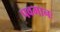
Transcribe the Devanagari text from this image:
पवमानः